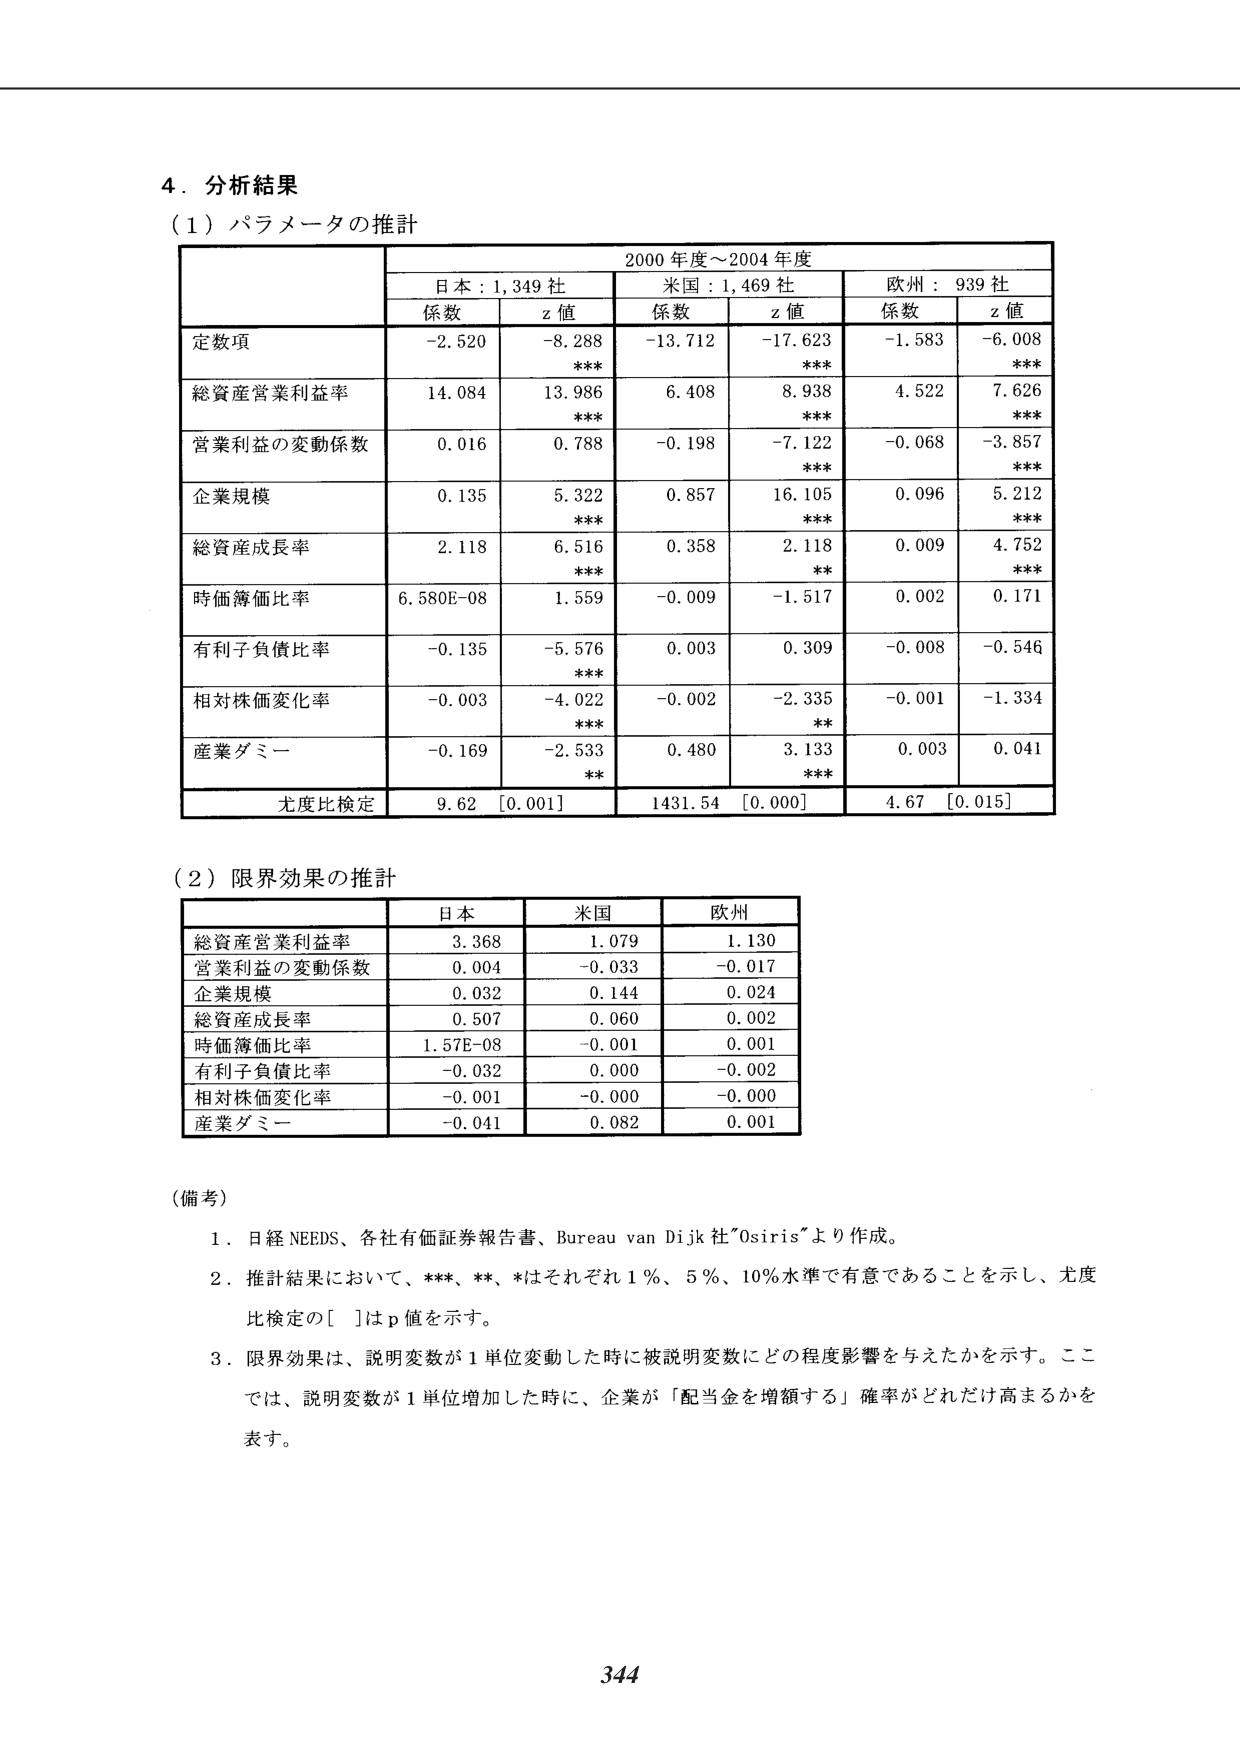
4. 分析結果
(1) パラメータの推計
2000年度～2004年度
日本：1,349社
米国：1,469社
欧州：939社
係数 z値 係数 z値 係数 z値
定数項 -2.520 -8.288 *** -13.712 -17.623 *** -1.583 -6.008 ***
総資産営業利益率 14.084 13.986 *** 6.408 8.938 *** 4.522 7.626 ***
営業利益の変動係数 0.016 0.788 -0.198 -7.122 *** -0.068 -3.857 ***
企業規模 0.135 5.322 *** 0.857 16.105 *** 0.096 5.212 ***
総資産成長率 2.118 6.516 *** 0.358 2.118 ** 0.009 4.752 ***
時価簿価比率 6.580E-08 1.559 -0.009 -1.517 0.002 0.171
有利子負債比率 -0.135 -5.576 *** 0.003 0.309 -0.008 -0.546
相対株価変化率 -0.003 -4.022 *** -0.002 -2.335 ** -0.001 -1.334
産業ダミー -0.169 -2.533 ** 0.480 3.133 *** 0.003 0.041
尤度比検定 9.62 [0.001] 1431.54 [0.000] 4.67 [0.015]

(2) 限界効果の推計
日本 米国 欧州
総資産営業利益率 3.368 1.079 1.130
営業利益の変動係数 0.004 -0.033 -0.017
企業規模 0.032 0.144 0.024
総資産成長率 0.507 0.060 0.002
時価簿価比率 1.57E-08 -0.001 0.001
有利子負債比率 -0.032 0.000 -0.002
相対株価変化率 -0.001 -0.000 -0.000
産業ダミー -0.041 0.082 0.001

(備考)
1. 日経NEEDS、各社有価証券報告書、Bureau van Dijk社"Osiris"より作成。
2. 推計結果において、***、**、*はそれぞれ1%、5%、10%水準で有意であることを示し、尤度比検定の[ ]はp値を示す。
3. 限界効果は、説明変数が1単位変動した時に被説明変数にどの程度影響を与えたかを示す。ここでは、説明変数が1単位増加した時に、企業が「配当金を増額する」確率がどれだけ高まるかを表す。

344